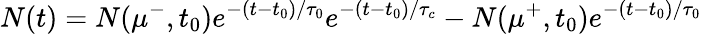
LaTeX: N(t)=N(\mu^{-},t_{0})e^{-(t-t_{0})/\tau_{0}}e^{-(t-t_{0})/\tau_{c}}-N(\mu^{+},t_{0})e^{-(t-t_{0})/\tau_{0}}